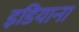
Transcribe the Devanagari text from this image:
इडियाना